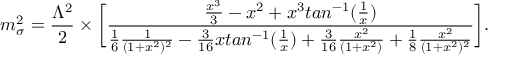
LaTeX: m _ { \sigma } ^ { 2 } = \frac { \Lambda ^ { 2 } } { 2 } \times \bigg [ \frac { \frac { x ^ { 3 } } { 3 } - x ^ { 2 } + x ^ { 3 } t a n ^ { - 1 } ( \frac { 1 } { x } ) } { \frac { 1 } { 6 } \frac { 1 } { ( 1 + x ^ { 2 } ) ^ { 2 } } - \frac { 3 } { 1 6 } x t a n ^ { - 1 } ( \frac { 1 } { x } ) + \frac { 3 } { 1 6 } \frac { x ^ { 2 } } { ( 1 + x ^ { 2 } ) } + \frac { 1 } { 8 } \frac { x ^ { 2 } } { ( 1 + x ^ { 2 } ) ^ { 2 } } } \bigg ] .